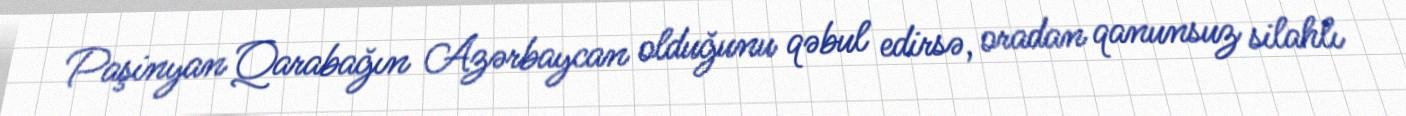
Paşinyan Qarabağın Azərbaycan olduğunu qəbul edirsə, oradan qanunsuz silahlı